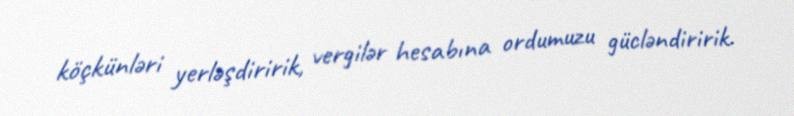
köçkünləri yerləşdiririk, vergilər hesabına ordumuzu gücləndiririk.